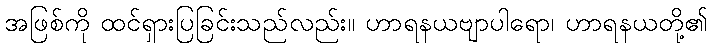
အဖြစ်ကို ထင်ရှားပြခြင်းသည်လည်း။ ဟာရနယဗျာပါရော၊ ဟာရနယတို့၏